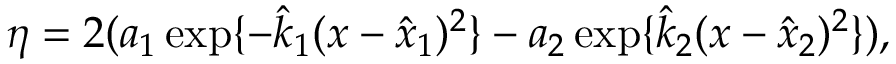
\eta = 2 ( a _ { 1 } \exp \{ - \hat { k } _ { 1 } ( x - \hat { x } _ { 1 } ) ^ { 2 } \} - a _ { 2 } \exp \{ \hat { k } _ { 2 } ( x - \hat { x } _ { 2 } ) ^ { 2 } \} ) ,